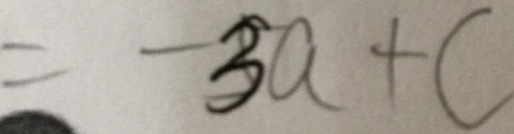
= - 3 a + c